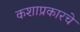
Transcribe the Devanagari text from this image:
कशाप्रकारचे